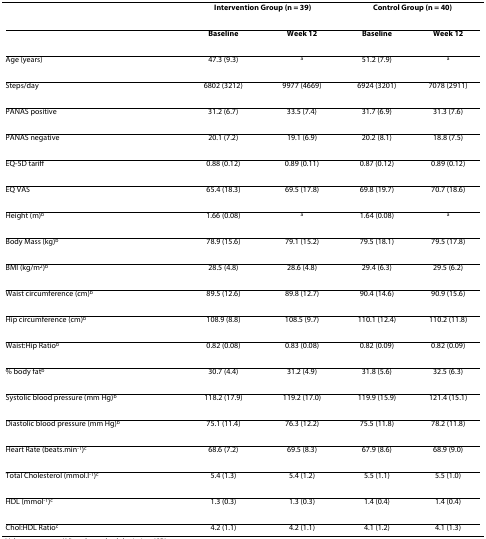
<table><thead><tr><td></td><td colspan="2"><b>Intervention Group (n = 39)</b></td><td colspan="2"><b>Control Group (n = 40)</b></td></tr></thead><tbody><tr><td></td><td><b>Baseline</b></td><td><b>Week 12</b></td><td><b>Baseline</b></td><td><b>Week 12</b></td></tr><tr><td>Age (years)</td><td>47.3 (9.3)</td><td><sup>a</sup></td><td>51.2 (7.9)</td><td><sup>a</sup></td></tr><tr><td>Steps/day</td><td>6802 (3212)</td><td>9977 (4669)</td><td>6924 (3201)</td><td>7078 (2911)</td></tr><tr><td>PANAS positive</td><td>31.2 (6.7)</td><td>33.5 (7.4)</td><td>31.7 (6.9)</td><td>31.3 (7.6)</td></tr><tr><td>PANAS negative</td><td>20.1 (7.2)</td><td>19.1 (6.9)</td><td>20.2 (8.1)</td><td>18.8 (7.5)</td></tr><tr><td>EQ-5D tariff</td><td>0.88 (0.12)</td><td>0.89 (0.11)</td><td>0.87 (0.12)</td><td>0.89 (0.12)</td></tr><tr><td>EQ VAS</td><td>65.4 (18.3)</td><td>69.5 (17.8)</td><td>69.8 (19.7)</td><td>70.7 (18.6)</td></tr><tr><td>Height (m)<sup>b</sup></td><td>1.66 (0.08)</td><td><sup>a</sup></td><td>1.64 (0.08)</td><td><sup>a</sup></td></tr><tr><td>Body Mass (kg)<sup>b</sup></td><td>78.9 (15.6)</td><td>79.1 (15.2)</td><td>79.5 (18.1)</td><td>79.5 (17.8)</td></tr><tr><td>BMI (kg/m<sup>2</sup>)<sup>b</sup></td><td>28.5 (4.8)</td><td>28.6 (4.8)</td><td>29.4 (6.3)</td><td>29.5 (6.2)</td></tr><tr><td>Waist circumference (cm)<sup>b</sup></td><td>89.5 (12.6)</td><td>89.8 (12.7)</td><td>90.4 (14.6)</td><td>90.9 (15.6)</td></tr><tr><td>Hip circumference (cm)<sup>b</sup></td><td>108.9 (8.8)</td><td>108.5 (9.7)</td><td>110.1 (12.4)</td><td>110.2 (11.8)</td></tr><tr><td>Waist:Hip Ratio<sup>b</sup></td><td>0.82 (0.08)</td><td>0.83 (0.08)</td><td>0.82 (0.09)</td><td>0.82 (0.09)</td></tr><tr><td>% body fat<sup>b</sup></td><td>30.7 (4.4)</td><td>31.2 (4.9)</td><td>31.8 (5.6)</td><td>32.5 (6.3)</td></tr><tr><td>Systolic blood pressure (mm Hg)<sup>b</sup></td><td>118.2 (17.9)</td><td>119.2 (17.0)</td><td>119.9 (15.9)</td><td>121.4 (15.1)</td></tr><tr><td>Diastolic blood pressure (mm Hg)<sup>b</sup></td><td>75.1 (11.4)</td><td>76.3 (12.2)</td><td>75.5 (11.8)</td><td>78.2 (11.8)</td></tr><tr><td>Heart Rate (beats.min<sup>-1</sup>)<sup>c</sup></td><td>68.6 (7.2)</td><td>69.5 (8.3)</td><td>67.9 (8.6)</td><td>68.9 (9.0)</td></tr><tr><td>Total Cholesterol (mmol.l<sup>-1</sup>)<sup>c</sup></td><td>5.4 (1.3)</td><td>5.4 (1.2)</td><td>5.5 (1.1)</td><td>5.5 (1.0)</td></tr><tr><td>HDL (mmol<sup>-1</sup>)<sup>c</sup></td><td>1.3 (0.3)</td><td>1.3 (0.3)</td><td>1.4 (0.4)</td><td>1.4 (0.4)</td></tr><tr><td>Chol:HDL Ratio<sup>c</sup></td><td>4.2 (1.1)</td><td>4.2 (1.1)</td><td>4.1 (1.2)</td><td>4.1 (1.3)</td></tr></tbody></table>